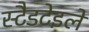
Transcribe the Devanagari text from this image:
स्टैडटेइले